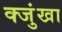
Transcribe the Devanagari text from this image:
क्जुंखा